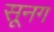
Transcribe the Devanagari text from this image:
सूनग